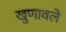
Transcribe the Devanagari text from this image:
खुणावले